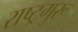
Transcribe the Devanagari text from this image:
राष्ट्रगुरू